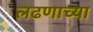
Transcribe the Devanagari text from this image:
लढणाच्या